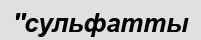
''сульфатты